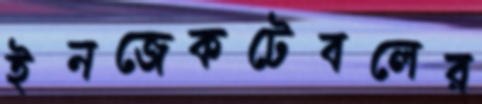
ইনজেকটেবলের